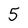
Character: 5